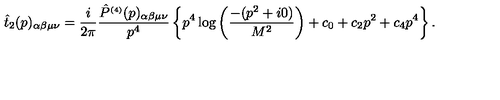
\hat { t } _ { 2 } ( p ) _ { \alpha \beta \mu \nu } = \frac { i } { 2 \pi } \frac { \hat { P } ^ { \scriptscriptstyle ( 4 ) } ( p ) _ { \alpha \beta \mu \nu } } { p ^ { 4 } } \left\{ p ^ { 4 } \log \left( \frac { - ( p ^ { 2 } + i 0 ) } { M ^ { 2 } } \right) + c _ { 0 } + c _ { 2 } p ^ { 2 } + c _ { 4 } p ^ { 4 } \right\} .